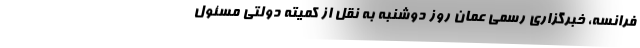
فرانسه، خبرگزاری رسمی عمان روز دوشنبه به نقل از کمیته دولتی مسئول